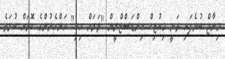
މިނާޖް ބުނެފައި ވަނީ މިއުޒިކް އިންޑަސްޓްރީން "ވަރަށް ހިކި" އަންހެނުންގެ ކޮޅަށް ބުރަވެ